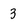
Character: 3